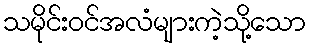
သမိုင်းဝင်အလံများကဲ့သို့သော